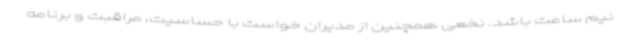
نیم ساعت باشد. نخعی همچنین از مدیران خواست با حساسیت، مراقبت و برنامه